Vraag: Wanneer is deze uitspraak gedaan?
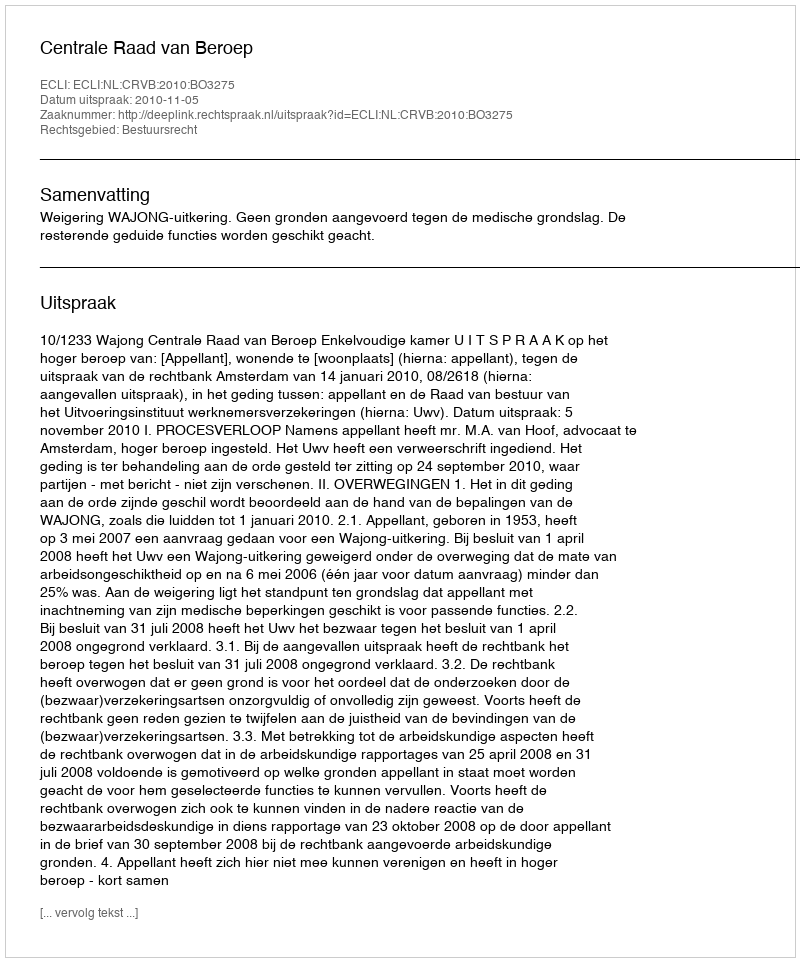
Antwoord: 2010-11-05